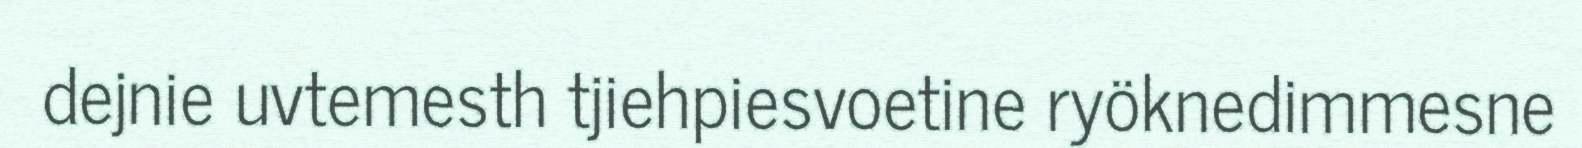
dejnie uvtemesth tjiehpiesvoetine ryöknedimmesne